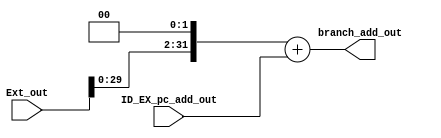
module branch_add (ID_EX_pc_add_out, Ext_out, branch_add_out);
    input  [31: 0] ID_EX_pc_add_out;
    input  [31: 0] Ext_out;
    output [31: 0] branch_add_out;
    
    assign branch_add_out = (Ext_out << 2) + ID_EX_pc_add_out;

endmodule //branch_add